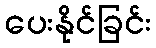
ပေးနိုင်ခြင်း